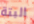
البتة